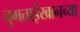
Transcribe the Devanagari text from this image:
चुगताईखानच्या